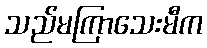
သည်မကြာသေးမီက